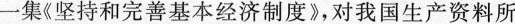
一集《坚持和完善基本经济制度》，对我国生产资料所